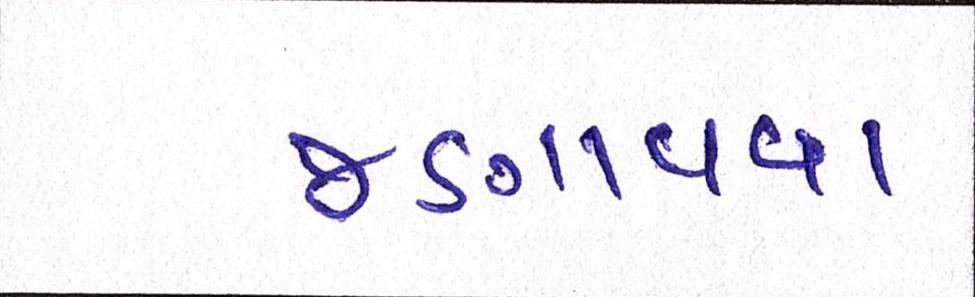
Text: જણાવવા